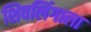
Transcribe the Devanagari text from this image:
शिवलिंगाला